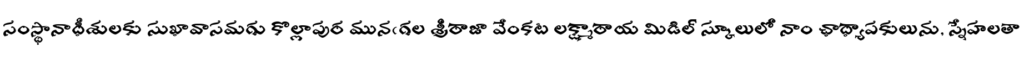
సంస్థానాధీశులకు సుఖావాసమగు కొల్లాపుర మునఁగల శ్రీరాజా వేంకట లక్ష్మారాయ మిడిల్ స్కూలులో నాం ఛాధ్యాపకులును, స్నేహలతా